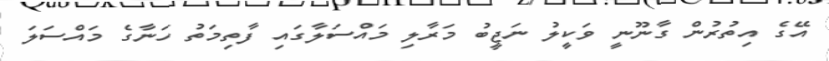
އޭގެ އިތުރުން ގާނޫނީ ވަކީލު ނަޖީބު މަރާލި މައްސަލާގައި ފާތިމަތު ހަނާގެ މައްސަލަ